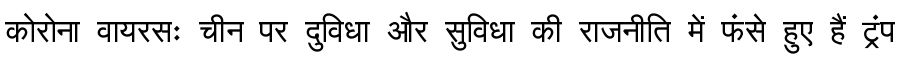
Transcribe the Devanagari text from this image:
कोरोना वायरसः चीन पर दुविधा और सुविधा की राजनीति में फंसे हुए हैं ट्रंप